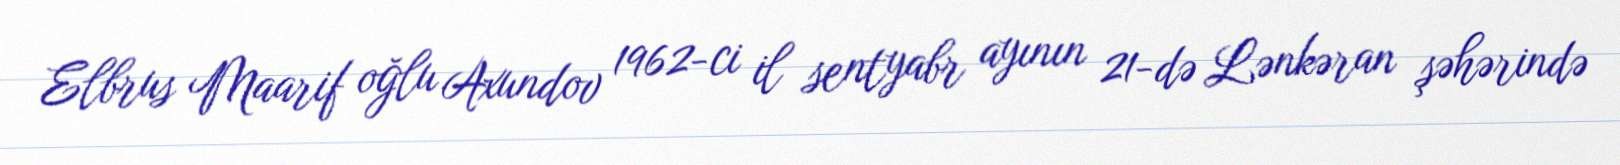
Elbrus Maarif oğlu Axundov 1962-ci il sentyabr ayının 21-də Lənkəran şəhərində